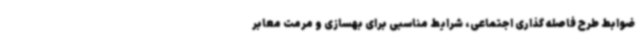
ضوابط طرح فاصله گذاری اجتماعی، شرایط مناسبی برای بهسازی و مرمت معابر